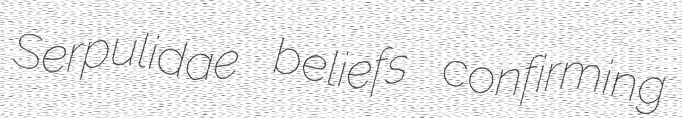
Serpulidae beliefs confirming